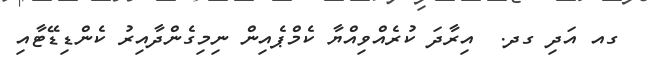
ގއ އަދި ގދ.  އިރާދަ ކުރެއްވިއްޔާ ކެމްޕެއިން ނިމިގެންދާއިރު ކެންޑިޑޭޓާއި